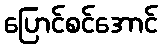
ပြောင်စင်အောင်